Medical and sanitary report on the native army of Bombay for the year
Year: 1879
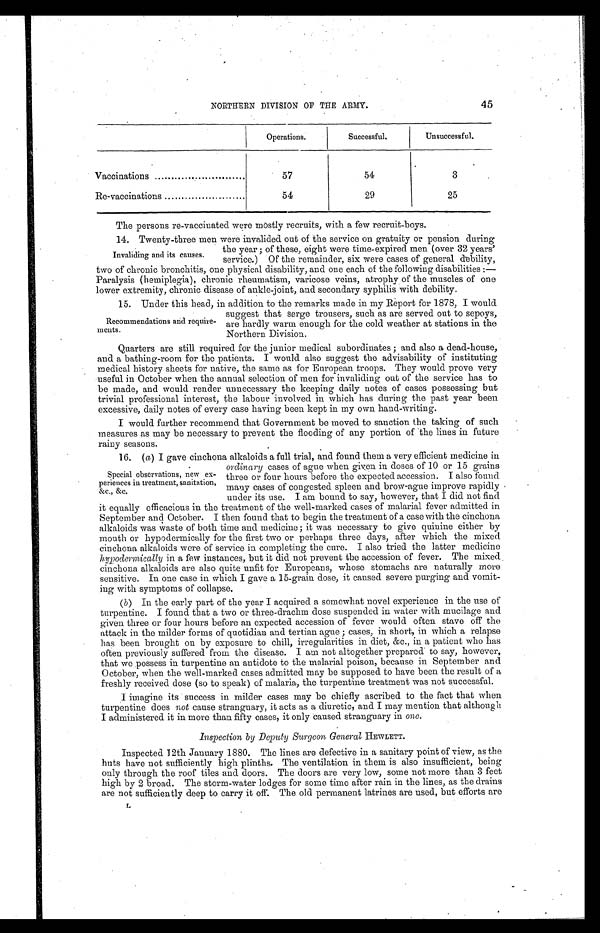
45
NORTHERN DIVISION OF THE ARMY.
Operations.
Successful.
Unsuccessful.
Vaccinations . . .
57
54
3
Re-vaccinations . . .
54
29
25
The persons re-vaccinated were mostly recruits, with a few recruit-boys.
14. Twenty-three men were invalided out of the service on gratuity or pension during
the year; of these, eight were time-expired men (over 32 years'
service.) Of the remainder, six were cases of general debility,
two of chronic bronchitis, one physical disability, and one each of the following disabilities:
—
Paralysis (hemiplegia), chronic rheumatism, varicose veins, atrophy of the muscles of one
lower extremity, chronic disease of ankle-joint, and secondary syphilis with debility.
1 5 . U n d e r t h i s h e a d , i n a d d i t i o n t o t h e r e m a r k s m a d e i n m y R e p o r t f o r 1 8 7 8 , I w o u l d
suggest that serge trousers, such as are served out to sepoys,
are hardly warm enough for the cold weather at stations in the
Northern Division.
Quarters are still required for the junior medical subordinates; and also a dead-house,
and a bathing-room for the patients. I would also suggest the advisability of instituting
medical history sheets for native, the same as for European troops. They would prove very
useful in October when the annual selection of men for invaliding out of the service has to
be made, and would render unnecessary the keeping daily notes of cases possessing but
trivial professional interest, the labour involved in which has during the past year been
excessive, daily notes of every case having been kept in my own hand-writing.
I would further recommend that Government be moved to sanction the taking of such
measures as may be necessary to prevent the flooding of any portion of the lines in future
rainy seasons.
16. ( a ) I gave cinchona alkaloids a full trial, and found them a very efficient medicine in
ordinary cases of ague when given in doses of 10 or 15 grains
three or four hours before the expected accession. I also found
many cases of congested spleen and brow-ague improve rapidly
under its use. I am bound to say, however, that I did not find
it equally efficacious in the treatment of the well-marked cases of malarial fever admitted in
September and October. I then found that to begin the treatment of a case with the cinchona
alkaloids was waste of both time and medicine; it was necessary to give quinine either by
mouth or hypodermically for the first two or perhaps three days, after which the mixed
cinchona alkaloids were of service in completing the cure. I also tried the latter medicine
hypodermically in a few instances, but it did not prevent the accession of fever. The mixed
cinchona alkaloids are also quite unfit for Europeans, whose stomachs are naturally more
sensitive. In one case in which I gave a 15-grain dose, it caused severe purging and vomit
- i n g w i t h s y m p t o m s o f c o l l a p s e .
( b) In the early part of the year I acquired a somewhat novel experience in the use of
turpentine. I found that a two or three-drachm dose suspended in water with mucilage and
given three or four hours before an expected accession of fever would often stave off the
attack in the milder forms of quotidian and tertian ague; cases, in short, in which a relapse
has been brought on by exposure to chill, irregularities in diet, &c., in a patient who has
often previously suffered from the disease. I am not altogether prepared to say, however,
that we possess in turpentine an antidote to the malarial poison, because in September and
October, when the well-marked cases admitted may be supposed to have been the result of a
freshly received dose (so to speak) of malaria, the turpentine treatment was not successful.
I imagine its success in milder cases may be chiefly ascribed to the fact that when
turpentine does not cause stranguary, it acts as a diuretic, and I may mention that although
I administered it in more than fifty cases, it only caused stranguary in one.
Inspection by Deputy Surgeon General HEWLETT.
Inspected 12th January 1880. The lines are defective in a sanitary point of view, as the
huts have not sufficiently high plinths. The ventilation in them is also insufficient, being
only through the roof tiles and doors. The doors are very low, some not more than 3 feet
high by 2 broad. The storm-water lodges for some time after rain in the lines, as the drains
are not sufficiently deep to carry it off. The old permanent latrines are used, but efforts are
Invaliding and its causes.
Recommendations and require
-ments.
Special observations, new ex
- p e r i e n c e s i n t r e a t m e n t , s a n i t a t i o n ,
&c. , &c.